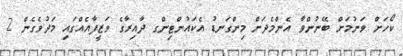
ކޯހަށް ވަނުމަށް ބޭނުންވާ އެންމެދަށް މިންގަނޑު އެކައުންޓިންގ ދާއިރާގެ ވަޒީފާއެއްގައި މަދުވެގެން 2